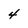
Character: 4